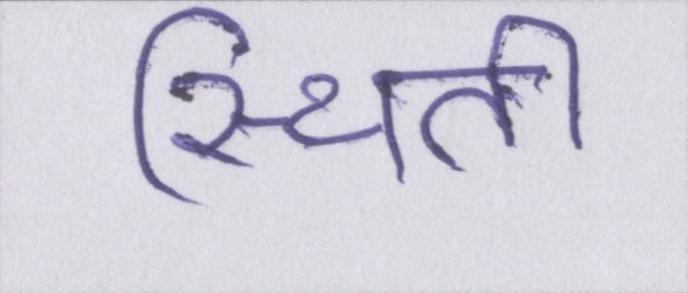
स्थिती